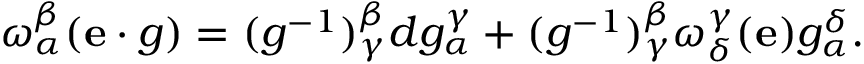
\omega _ { \alpha } ^ { \beta } ( \mathbf { e } \cdot g ) = ( g ^ { - 1 } ) _ { \gamma } ^ { \beta } d g _ { \alpha } ^ { \gamma } + ( g ^ { - 1 } ) _ { \gamma } ^ { \beta } \omega _ { \delta } ^ { \gamma } ( \mathbf { e } ) g _ { \alpha } ^ { \delta } .